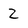
Character: Z